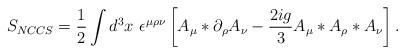
LaTeX: \begin{align*}S_{NCCS} = \frac{1}{2} \int d^3 x~ \epsilon^{\mu \rho \nu} \left[ A_\mu \ast \partial_\rho A_\nu - \frac{2ig}{3} A_\mu \ast A_\rho \ast A_\nu \right].\end{align*}